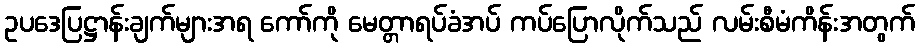
ဥပဒေပြဋ္ဌာန်းချက်များအရ ကော်ကို မေတ္တာရပ်ခံအပ် ကပ်ပြောလိုက်သည် လမ်းစီမံကိန်းအတွက်